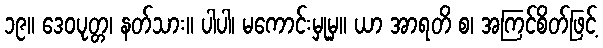
၁၉။ ဒေဝပုတ္တ၊ နတ်သား။ ပါပါ၊ မကောင်းမှုမှ။ ယာ အာရတိ စ၊ အကြင်စိတ်ဖြင့်